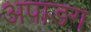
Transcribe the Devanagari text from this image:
अपाङग